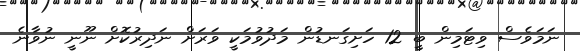
ނަމަވެސް ވިޓަމިން ބީ 12 ހަށިގަނޑުން މަދުވުމަކީ ވަރަށް ނަދިރުކޮށް ނޫނީ ނުވާނެ